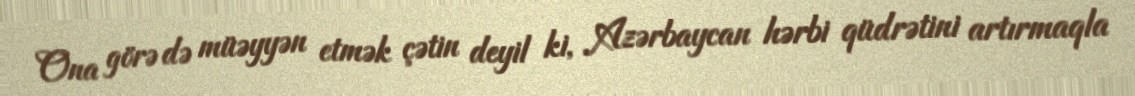
Ona görə də müəyyən etmək çətin deyil ki, Azərbaycan hərbi qüdrətini artırmaqla